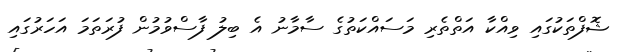
ޝޮފްތަކުގައި ވިއްކާ އަތްތެރި މަސައްކަތުގެ ސާމާނު އެ ބިލު ފާސްވުމުން ފުރަތަމަ އަހަރުގައި